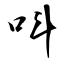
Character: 呌